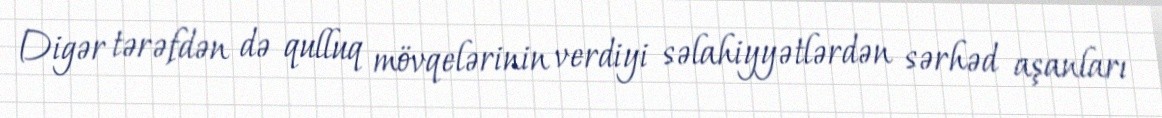
Digər tərəfdən də qulluq mövqelərinin verdiyi səlahiyyətlərdən sərhəd aşanları